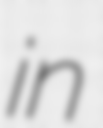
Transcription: in